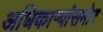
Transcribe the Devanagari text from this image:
अधिकार्‍यांसमोर